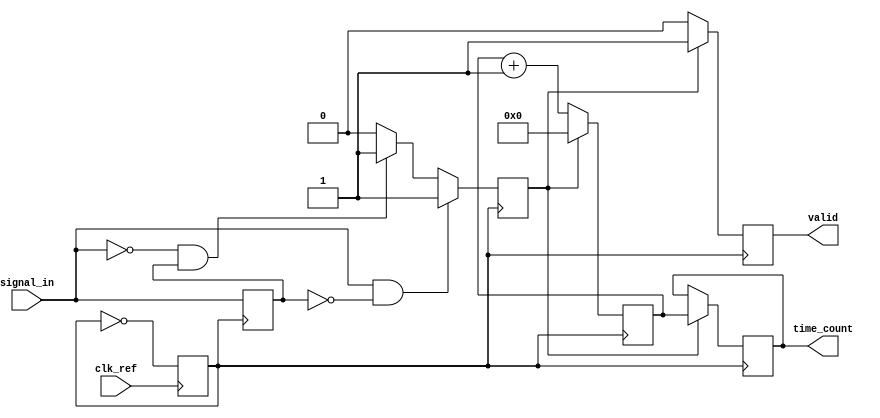
module TDC (
    input wire clk_ref,           // Reference clock input
    input wire signal_in,         // Input signal to measure time intervals
    output reg [31:0] time_count, // Output time interval count
    output reg valid              // Output valid signal
);

    // PLL parameters
    parameter PLL_MULTIPLIER = 8; // PLL multiplier for output frequency
    reg clk_pll;                   // PLL output clock
    reg [31:0] counter;            // Counter for clock cycles
    reg edge_detected;             // Edge detection flag
    reg last_signal_state;         // Last state of the input signal

    // PLL simulation (simple clock multiplier)
    always @(posedge clk_ref) begin
        clk_pll <= ~clk_pll; // Toggle PLL output clock
    end

    // Edge detection logic
    always @(posedge clk_pll) begin
        if (signal_in && !last_signal_state) begin
            edge_detected <= 1; // Rising edge detected
        end else if (!signal_in && last_signal_state) begin
            edge_detected <= 1; // Falling edge detected
        end else begin
            edge_detected <= 0; // No edge detected
        end
        last_signal_state <= signal_in; // Update last state
    end

    // Time measurement logic
    always @(posedge clk_pll) begin
        if (edge_detected) begin
            time_count <= counter; // Capture the count on edge detection
            valid <= 1;            // Set valid signal
            counter <= 0;          // Reset counter
        end else begin
            counter <= counter + 1; // Increment counter
            valid <= 0;             // Clear valid signal
        end
    end

endmodule